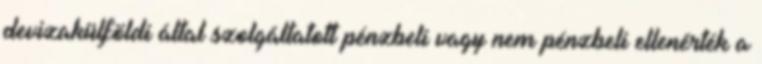
devizakülföldi által szolgáltatott pénzbeli vagy nem pénzbeli ellenérték a